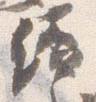
続